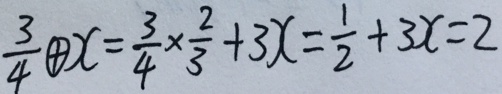
\frac { 3 } { 4 } \textcircled { + } x = \frac { 3 } { 4 } \times \frac { 2 } { 3 } + 3 x = \frac { 1 } { 2 } + 3 x = 2